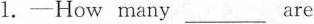
1.-How many ___are